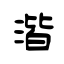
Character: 湝